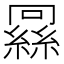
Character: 𬗶